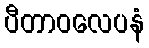
ပီတာဝလေပနံ